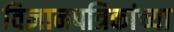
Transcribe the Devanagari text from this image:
विज्ञानपत्रिकांच्या